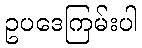
ဥပဒေကြမ်းပါ